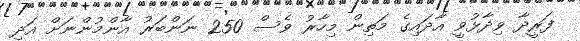
ފަރީދާ ވިދާޅުވީ އާދައިގެ މަތިން މިހާރު ވެސް 250 ނަންބަރު އާންމުންނަށް އަދި